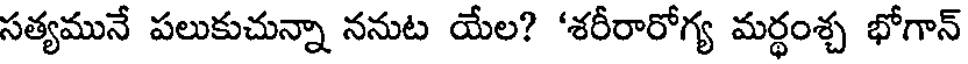
సత్యమునే పలుకుచున్నా ననుట యేల? 'శరీరారోగ్య మర్థంశ్చ భోగాన్